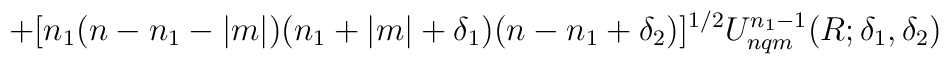
+ [ n_1(n-n_1-|m|)(n_1+|m|+\delta_1)(n-n_1+\delta_2)]^{1/2}U_{nqm}^{n_1-1}(R; \delta_1,\delta_2)